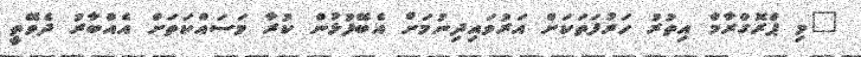
"މި ޕްރޮގްރާމް އިތުރު ހަރުފަތަކަށް އަރުވައިދިނުމަށް އެބޭފުޅުން ކުރާ މަސައްކަތަށް އެއްބާރު ދެވޭތީ